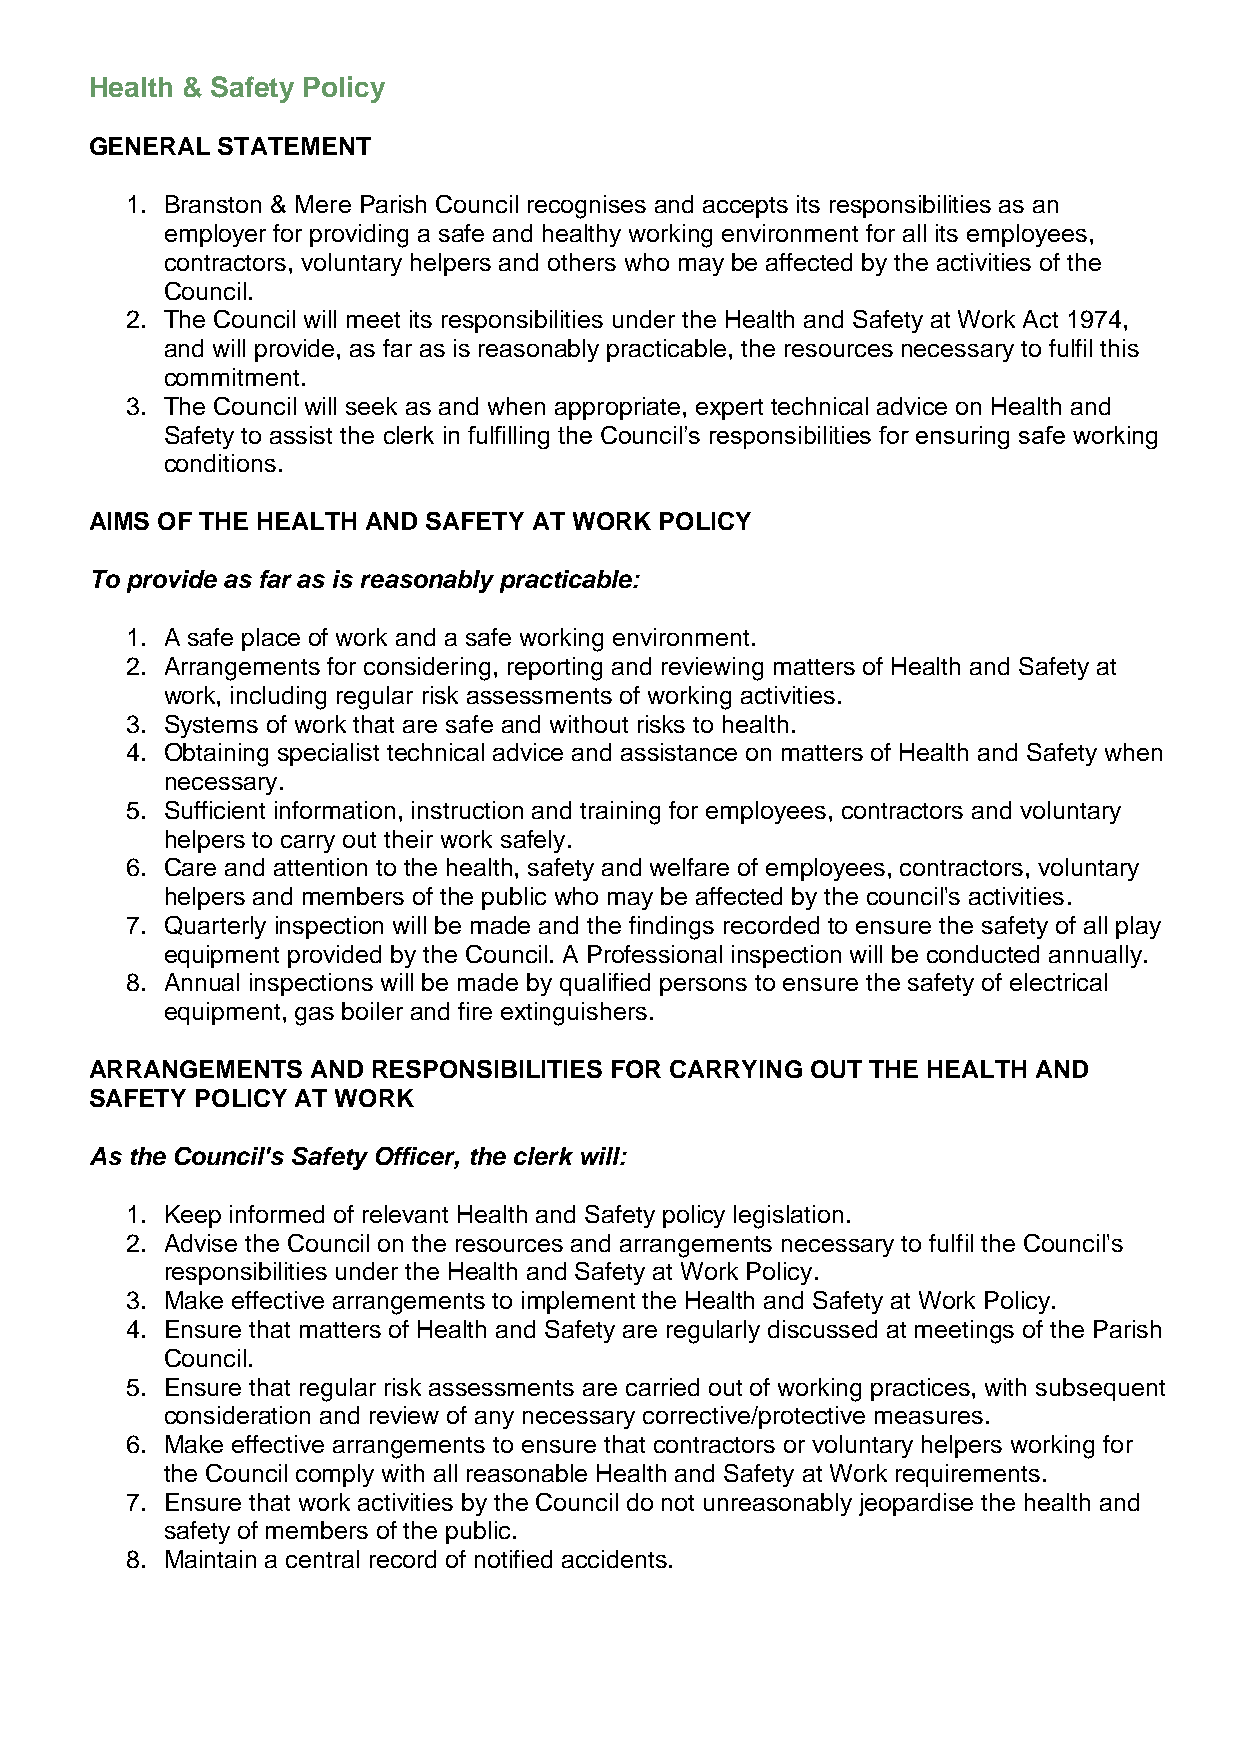
Health & Safety Policy
 GENERAL STATEMENT
 1. Branston & Mere Parish Council recognises and accepts its responsibilities as an
 employer for providing a safe and healthy working environment for all its employees,
 contractors, voluntary helpers and others who may be affected by the activities of the
 Council.
 2. The Council will meet its responsibilities under the Health and Safety at Work Act 1974,
 and will provide, as far as is reasonably practicable, the resources necessary to fulfil this
 commitment.
 3. The Council will seek as and when appropriate, expert technical advice on Health and
 Safety to assist the clerk in fulfilling the Council’s responsibilities for ensuring safe working
 conditions.
 AIMS OF THE HEALTH AND SAFETY AT WORK POLICY
 To provide as far as is reasonably practicable:
 1. A safe place of work and a safe working environment.
 2. Arrangements for considering, reporting and reviewing matters of Health and Safety at
 work, including regular risk assessments of working activities.
 3. Systems of work that are safe and without risks to health.
 4. Obtaining specialist technical advice and assistance on matters of Health and Safety when
 necessary.
 5. Sufficient information, instruction and training for employees, contractors and voluntary
 helpers to carry out their work safely.
 6. Care and attention to the health, safety and welfare of employees, contractors, voluntary
 helpers and members of the public who may be affected by the council's activities.
 7. Quarterly inspection will be made and the findings recorded to ensure the safety of all play
 equipment provided by the Council. A Professional inspection will be conducted annually.
 8. Annual inspections will be made by qualified persons to ensure the safety of electrical
 equipment, gas boiler and fire extinguishers.
 ARRANGEMENTS   AND RESPONSIBILITIES FOR CARRYING OUT THE HEALTH AND
 SAFETY POLICY AT WORK
 As the Council's Safety Officer, the clerk will:
 1. Keep informed of relevant Health and Safety policy legislation.
 2. Advise the Council on the resources and arrangements necessary to fulfil the Council's
 responsibilities under the Health and Safety at Work Policy.
 3. Make effective arrangements to implement the Health and Safety at Work Policy.
 4. Ensure that matters of Health and Safety are regularly discussed at meetings of the Parish
 Council.
 5. Ensure that regular risk assessments are carried out of working practices, with subsequent
 consideration and review of any necessary corrective/protective measures.
 6. Make effective arrangements to ensure that contractors or voluntary helpers working for
 the Council comply with all reasonable Health and Safety at Work requirements.
 7. Ensure that work activities by the Council do not unreasonably jeopardise the health and
 safety of members of the public.
 8. Maintain a central record of notified accidents.